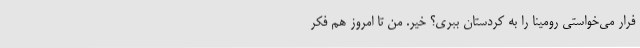
فرار می‌خواستی رومینا را به کردستان ببری؟ خیر. من تا امروز هم فکر